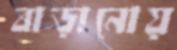
বাড়ানোয়